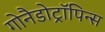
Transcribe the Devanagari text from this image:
गोनैडोट्रॉपिन्स